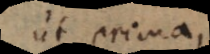
ut prima,